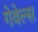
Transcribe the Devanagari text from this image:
गेवेल्स